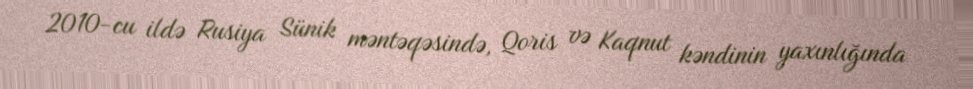
2010-cu ildə Rusiya Sünik məntəqəsində, Qoris və Kaqnut kəndinin yaxınlığında